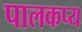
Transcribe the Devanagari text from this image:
पालकप्य